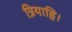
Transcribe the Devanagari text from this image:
त्रियाहि।